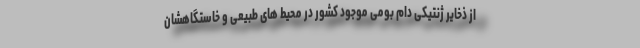
از ذخایر ژنتیکی دام بومی موجود کشور در محیط های طبیعی و خاستگاهشان